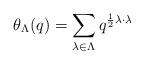
LaTeX: \begin{align*}\theta_\Lambda(q) = \sum_{\lambda \in \Lambda} q^{\frac{1}{2}\lambda \cdot \lambda}\end{align*}